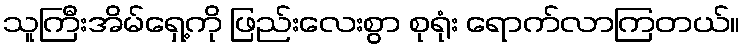
သူကြီးအိမ်ရှေ့ကို ဖြည်းလေးစွာ စုရုံး ရောက်လာကြတယ်။